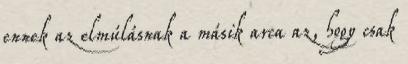
ennek az elmúlásnak a másik arca az, hogy csak